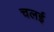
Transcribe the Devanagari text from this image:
चलई